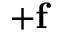
+ \mathbf { f }